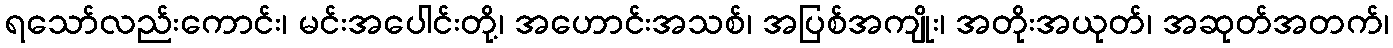
ရသော်လည်းကောင်း၊ မင်းအပေါင်းတို့၊ အဟောင်းအသစ်၊ အပြစ်အကျိုး၊ အတိုးအယုတ်၊ အဆုတ်အတက်၊